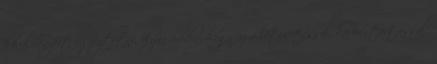
körülményeit egyeztetni, olyan módon, hogy az a létesítéssel, karbantartással,